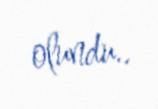
olundu..